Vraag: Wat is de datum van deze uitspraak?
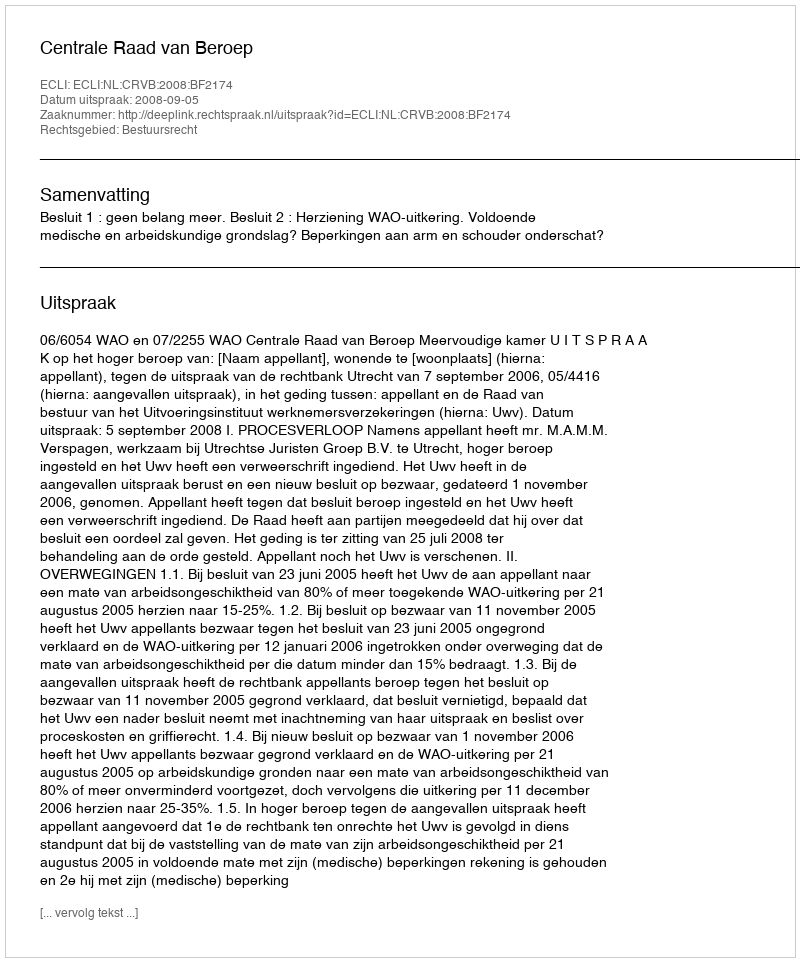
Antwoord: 2008-09-05